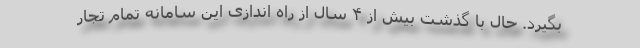
بگیرد. حال با گذشت بیش از ۴ سال از راه اندازی این سامانه تمام تجار